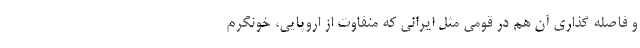
و فاصله گذاری آن هم در قومی مثل ایرانی که متفاوت از اروپایی، خونگرم